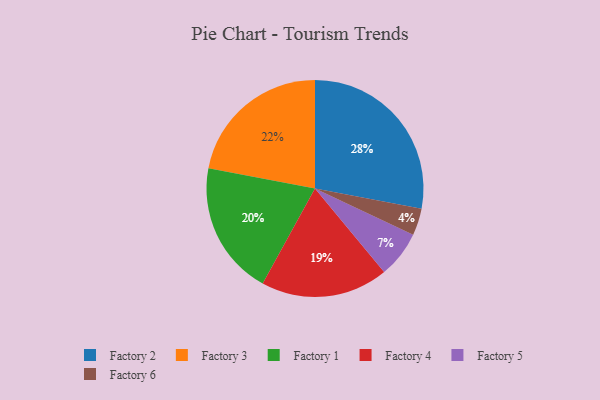
{"axis": {"x": "Category", "y": "Percentage"}, "legend": ["Factory 1", "Factory 2", "Factory 3", "Factory 4", "Factory 5", "Factory 6"], "data": [{"x": "Factory 1", "y": 20, "type": "Factory 1"}, {"x": "Factory 4", "y": 19, "type": "Factory 4"}, {"x": "Factory 2", "y": 28, "type": "Factory 2"}, {"x": "Factory 5", "y": 7, "type": "Factory 5"}, {"x": "Factory 6", "y": 4, "type": "Factory 6"}, {"x": "Factory 3", "y": 22, "type": "Factory 3"}]}